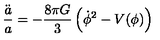
\frac { \ddot { a } } { a } = - \frac { 8 \pi G } { 3 } \left( \dot { \phi } ^ { 2 } - V ( \phi ) \right)